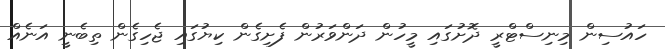
ހައުސިން މިނިސްޓްރީ ދޮށުގައި މީހުން ދަންވަރުން ފެށިގެން ކިޔުގައި ޖެހިގެން ތިބެނީ އަނެއް